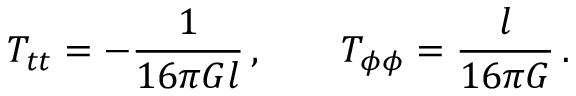
T _ { t t } = - \frac { 1 } { 1 6 \pi G l } \, , \qquad T _ { \phi \phi } = \frac { l } { 1 6 \pi G } \, .